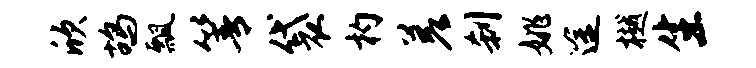
欣鸪瓢箐袋杓差刹姚途樾生